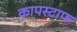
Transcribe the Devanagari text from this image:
कापस्टाफ